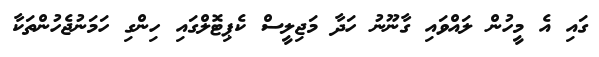
ގައި އެ މީހުން ލައްވައި ގާނޫނު ހަދާ މަޖިލީސް ކެޕިޓޮލްގައި ހިންގި ހަމަނުޖެހުންތަކާ